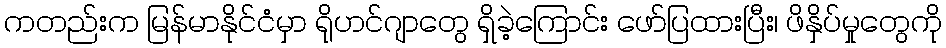
ကတည်းက မြန်မာနိုင်ငံမှာ ရိုဟင်ဂျာတွေ ရှိခဲ့ကြောင်း ဖော်ပြထားပြီး၊ ဖိနှိပ်မှုတွေကို